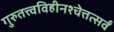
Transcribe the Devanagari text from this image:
गुरुतत्त्वविहीनश्चेत्तत्सर्वं